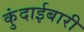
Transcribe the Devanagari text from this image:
कुंदाईबारी